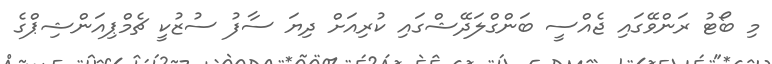
މި ބޯޓު ރަންވޭގައި ޖެއްސީ ބަންގްލަދޭޝްގައި ކުރިއަށް ދިޔަ ސާފު ސުޒުކީ ޗެމްޕިއަންޝިޕްގެ